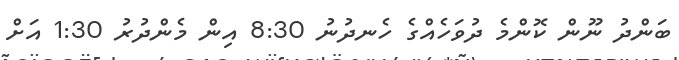
ބަންދު ނޫން ކޮންމެ ދުވަހެއްގެ ހެނދުނު 8:30 އިން މެންދުރު 1:30 އަށް